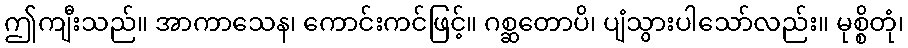
ဤကျီးသည်။ အာကာသေန၊ ကောင်းကင်ဖြင့်။ ဂစ္ဆတောပိ၊ ပျံသွားပါသော်လည်း။ မုစ္စိတုံ၊